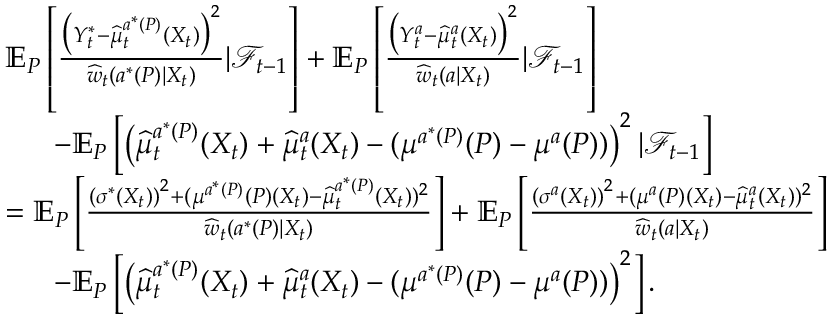
\begin{array} { r l } & { \mathbb { E } _ { P } \left[ \frac { \big ( Y _ { t } ^ { * } - \widehat { \mu } _ { t } ^ { a ^ { * } ( P ) } ( X _ { t } ) \big ) ^ { 2 } } { \widehat { w } _ { t } ( a ^ { * } ( P ) | X _ { t } ) } | \mathcal { F } _ { t - 1 } \right] + \mathbb { E } _ { P } \left[ \frac { \big ( Y _ { t } ^ { a } - \widehat { \mu } _ { t } ^ { a } ( X _ { t } ) \big ) ^ { 2 } } { \widehat { w } _ { t } ( a | X _ { t } ) } | \mathcal { F } _ { t - 1 } \right] } \\ & { \ \ \ \ \ - \mathbb { E } _ { P } \left[ \left( \widehat { \mu } _ { t } ^ { a ^ { * } ( P ) } ( X _ { t } ) + \widehat { \mu } _ { t } ^ { a } ( X _ { t } ) - ( \mu ^ { a ^ { * } ( P ) } ( P ) - \mu ^ { a } ( P ) ) \right) ^ { 2 } | \mathcal { F } _ { t - 1 } \right] } \\ & { = \mathbb { E } _ { P } \left[ \frac { \left( \sigma ^ { * } ( X _ { t } ) \right) ^ { 2 } + ( \mu ^ { a ^ { * } ( P ) } ( P ) ( X _ { t } ) - \widehat { \mu } _ { t } ^ { a ^ { * } ( P ) } ( X _ { t } ) ) ^ { 2 } } { \widehat { w } _ { t } ( a ^ { * } ( P ) | X _ { t } ) } \right] + \mathbb { E } _ { P } \left[ \frac { \left( \sigma ^ { a } ( X _ { t } ) \right) ^ { 2 } + ( \mu ^ { a } ( P ) ( X _ { t } ) - \widehat { \mu } _ { t } ^ { a } ( X _ { t } ) ) ^ { 2 } } { \widehat { w } _ { t } ( a | X _ { t } ) } \right] } \\ & { \ \ \ \ \ - \mathbb { E } _ { P } \left[ \left( \widehat { \mu } _ { t } ^ { a ^ { * } ( P ) } ( X _ { t } ) + \widehat { \mu } _ { t } ^ { a } ( X _ { t } ) - ( \mu ^ { a ^ { * } ( P ) } ( P ) - \mu ^ { a } ( P ) ) \right) ^ { 2 } \right] . } \end{array}